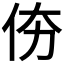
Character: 𠇴